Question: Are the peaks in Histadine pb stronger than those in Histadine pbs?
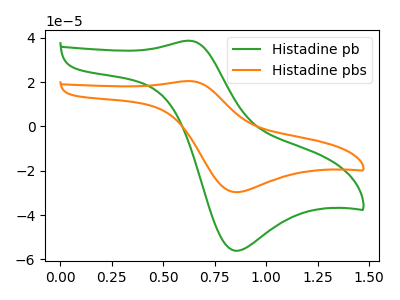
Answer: <think>The green curve "Histadine pb" has an anodic peak at (0.60V, 38.65uA) and a cathodic peak at (0.85V, -56.05uA). The orange curve "Histadine pbs" has an anodic peak at (0.60V, 20.45uA) and a cathodic peak at (0.85V, -29.65uA).</think>
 <answer>Every peak in "Histadine pb" is higher than every peak in "Histadine pbs".</answer>
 <eval>higher</eval>